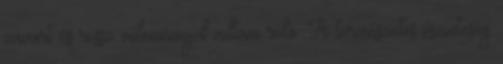
zavart és rossz véleménnyel voltam róla. A természetes őszinteség